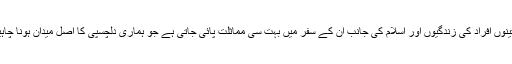
ان تینوں افراد کی زندگیوں اور اسلام کی جانب ان کے سفر میں بہت سی مماثلت پائی جاتی ہے جو ہماری دلچسپی کا اصل میدان ہونا چاہیے۔